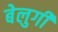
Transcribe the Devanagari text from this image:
बेलुगी